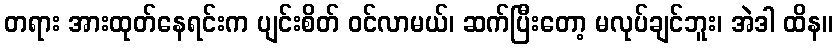
တရား အားထုတ်နေရင်းက ပျင်းစိတ် ဝင်လာမယ်၊ ဆက်ပြီးတော့ မလုပ်ချင်ဘူး၊ အဲဒါ ထိန။